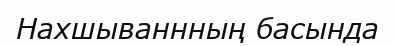
Нахшываннның басында